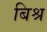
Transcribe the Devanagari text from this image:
बिश्र